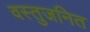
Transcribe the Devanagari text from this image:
वस्तुजनित